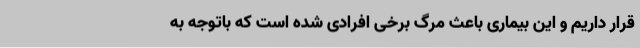
قرار داریم و این بیماری باعث مرگ برخی افرادی شده است که باتوجه به